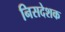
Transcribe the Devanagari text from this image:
निसदेशक